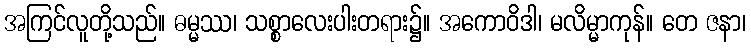
အကြင်လူတို့သည်။ ဓမ္မဿ၊ သစ္စာလေးပါးတရား၌။ အကောဝိဒါ၊ မလိမ္မာကုန်။ တေ ဇနာ၊